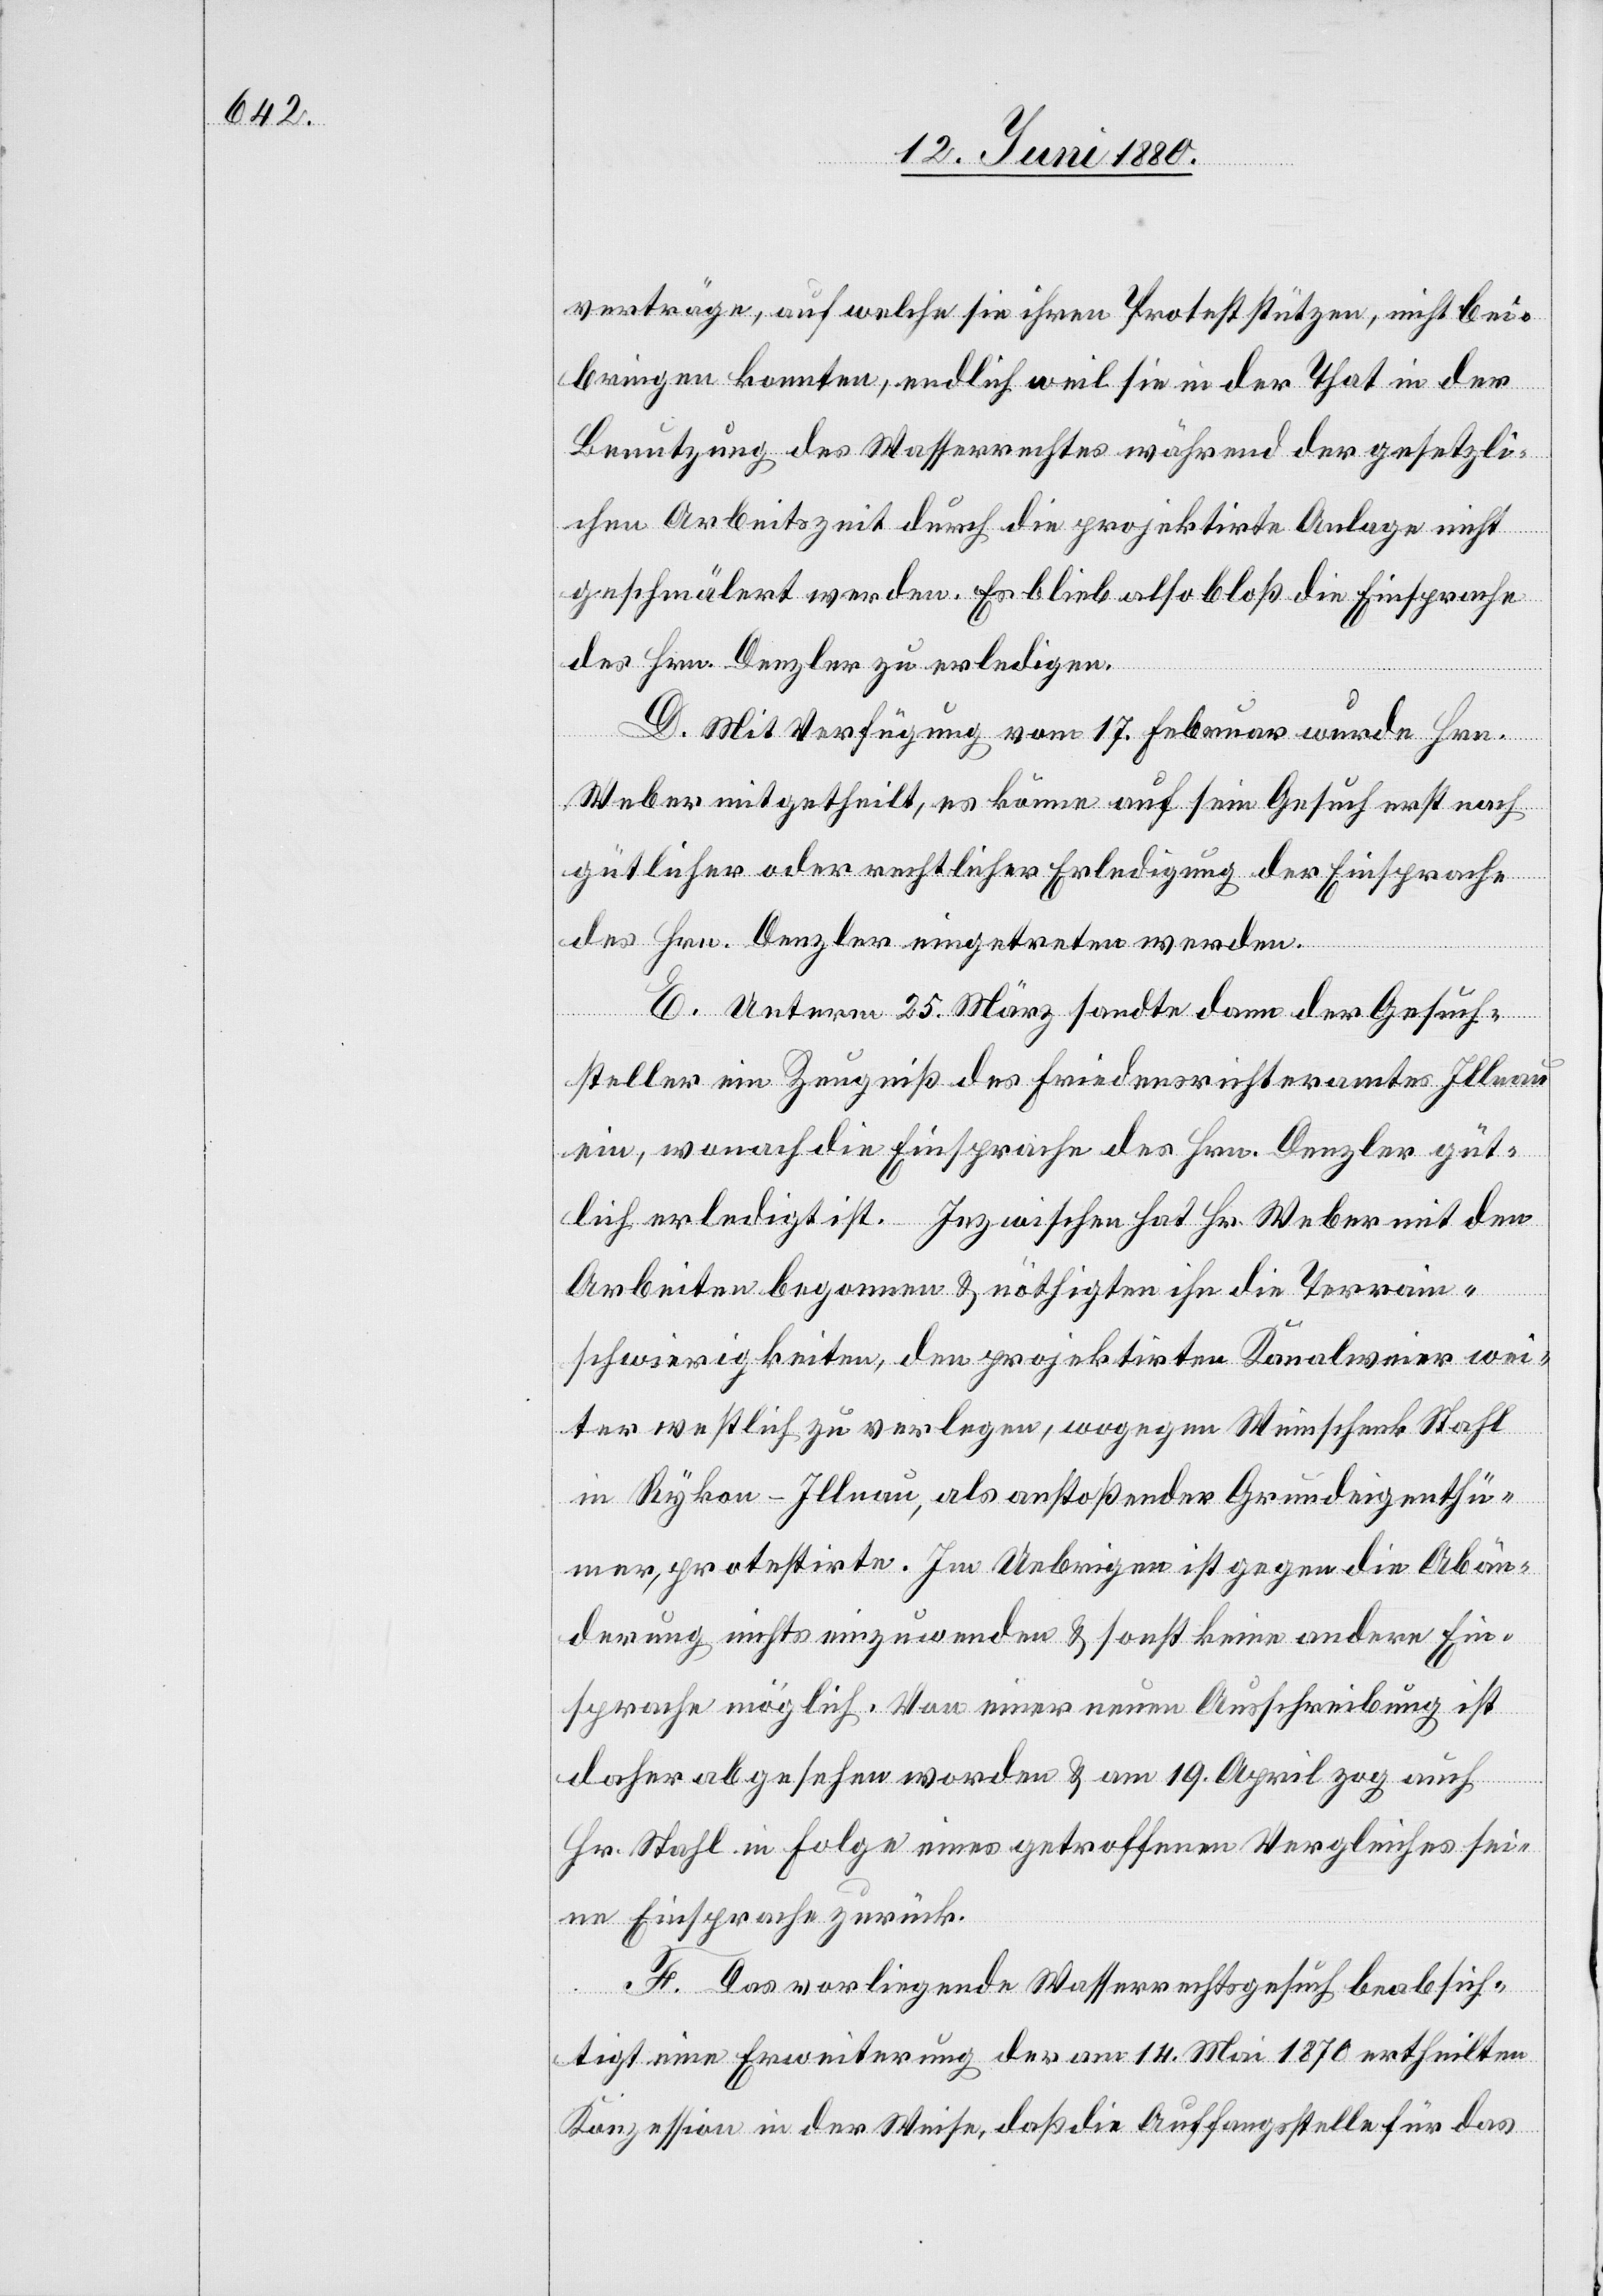
verträge, auf welche sie ihren Protest stützen, nicht bei¬
bringen konnten, endlich weil sie in der That in der
Benutzung des Wasserrechtes während der gesetzli¬
chen Arbeitszeit durch die projektirte Anlage nicht
geschmälert werden. Es blieb also bloß die Einsprache
des Hrn. Denzler zu erledigen.
D. Mit Verfügung vom 17. Februar wurde Hrn.
Weber mitgetheilt, es könne auf sein Gesuch erst nach
gütlicher oder rechtlicher Erledigung der Einsprache
des Hrn. Denzler eingetreten werden.
E. Unterm 25. März sandte dann der Gesuch¬
steller ein Zeugniß des Friedensrichteramtes Illnau
ein, wonach die Einsprache des Hrn. Denzler güt¬
lich erledigt ist. Inzwischen hat Hr. Weber mit den
Arbeiten begonnen & nöthigten ihn die Terrain¬
schwierigkeiten, den projektirten Kanalweier wei¬
ter westlich zu verlegen, wogegen Weinschenk Stahl
in Rykon - Illnau, als anstoßender Grundeigenthü¬
mer, protestirte. Im Uebrigen ist gegen die Abän¬
derung nichts einzuwenden & sonst keine andere Ein¬
sprache möglich. Von einer neuen Ausschreibung ist
daher abgesehen worden & am 19. April zog auch
Hr. Stahl in Folge eines getroffenen Vergleichs sei¬
ne Einsprache zurück.
F. Das vorliegende Wasserrechtsgesuch beabsich¬
tigt eine Erweiterung der am 14. Mai 1870 ertheilten
Konzession in der Weise, daß die Auffangsstelle für das